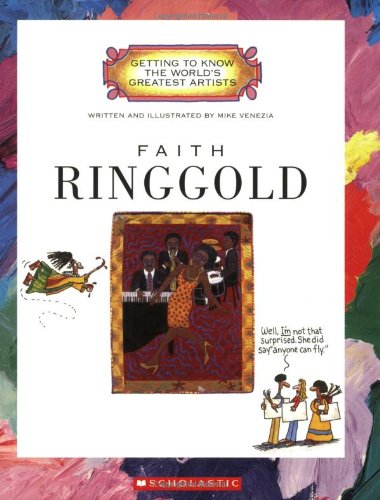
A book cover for Faith Ringgold (Getting to Know the World's Greatest Artists); Mike Venezia; Children's Books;